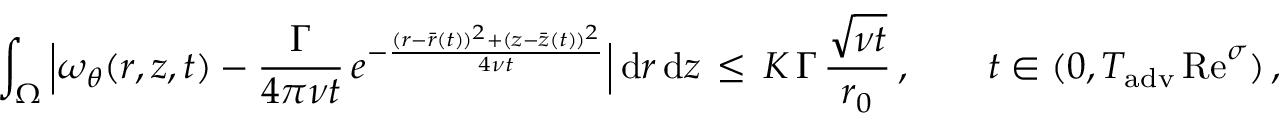
\int _ { \Omega } \, \Bigl | \omega _ { \theta } ( r , z , t ) - \frac { \Gamma } { 4 \pi \nu t } \, e ^ { - \frac { ( r - \bar { r } ( t ) ) ^ { 2 } + ( z - \bar { z } ( t ) ) ^ { 2 } } { 4 \nu t } } \Bigr | \, \mathrm { d } r \, \mathrm { d } z \, \le \, K \, \Gamma \, \frac { \sqrt { \nu t } } { r _ { 0 } } \, , \qquad t \in ( 0 , T _ { \mathrm { a d v } } \, \mathrm { R e } ^ { \sigma } ) \, ,